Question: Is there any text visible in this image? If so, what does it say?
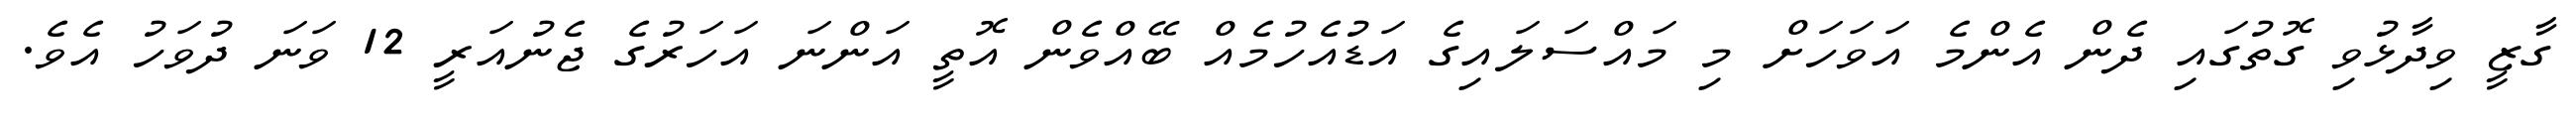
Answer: ގާޒީ ވިދާޅުވި ގޮތުގައި ދެން އެންމެ އަވަހަށް މި މައްސަލައިގެ އަޑުއެހުމެއް ބޭއްވެން އޮތީ އަންނަ އަހަރުގެ ޖެނުއަރީ 12 ވަނަ ދުވަހު އެވެ.